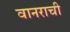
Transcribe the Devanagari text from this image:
वानराची